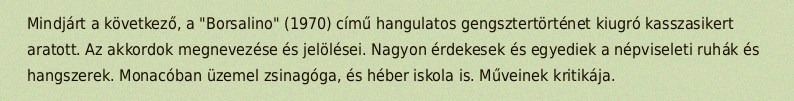
Mindjárt a következő, a "Borsalino" (1970) című hangulatos gengsztertörténet kiugró kasszasikert aratott. Az akkordok megnevezése és jelölései. Nagyon érdekesek és egyediek a népviseleti ruhák és hangszerek. Monacóban üzemel zsinagóga, és héber iskola is. Műveinek kritikája.